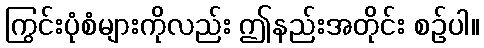
ကြွင်းပုံစံများကိုလည်း ဤနည်းအတိုင်း စဉ်ပါ။